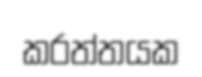
කරත්තයක